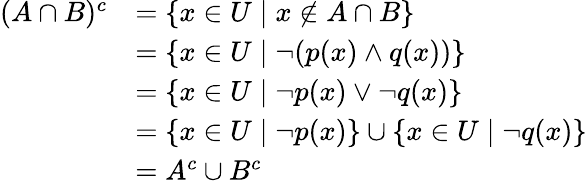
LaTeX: \begin{array}{rl}{(A\cap B)^{c}}&{=\{ x\in U\mid x\not\in A\cap B\} }\\ &{=\{ x\in U\mid\neg(p(x)\wedge q(x))\} }\\ &{=\{ x\in U\mid\neg p(x)\vee\neg q(x)\} }\\ &{=\{ x\in U\mid\neg p(x)\} \cup\{ x\in U\mid\neg q(x)\} }\\ &{=A^{c}\cup B^{c}}\end{array}